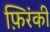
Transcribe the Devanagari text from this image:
फ़िरंकी